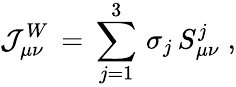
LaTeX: {\cal J}_{\mu\nu}^{W}\, =\, \sum_{j=1}^{3}\, \sigma_{j}\, S_{\mu\nu}^{j}\; ,